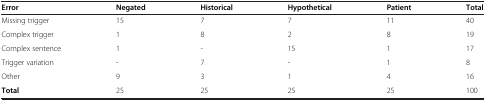
<table><thead><tr><td><b>Error</b></td><td><b>Negated</b></td><td><b>Historical</b></td><td><b>Hypothetical</b></td><td><b>Patient</b></td><td><b>Total</b></td></tr></thead><tbody><tr><td>Missing trigger</td><td>15</td><td>7</td><td>7</td><td>11</td><td>40</td></tr><tr><td>Complex trigger</td><td>1</td><td>8</td><td>2</td><td>8</td><td>19</td></tr><tr><td>Complex sentence</td><td>1</td><td>-</td><td>15</td><td>1</td><td>17</td></tr><tr><td>Trigger variation</td><td>-</td><td>7</td><td>-</td><td>1</td><td>8</td></tr><tr><td>Other</td><td>9</td><td>3</td><td>1</td><td>4</td><td>16</td></tr><tr><td><b>Total</b></td><td>25</td><td>25</td><td>25</td><td>25</td><td>100</td></tr></tbody></table>